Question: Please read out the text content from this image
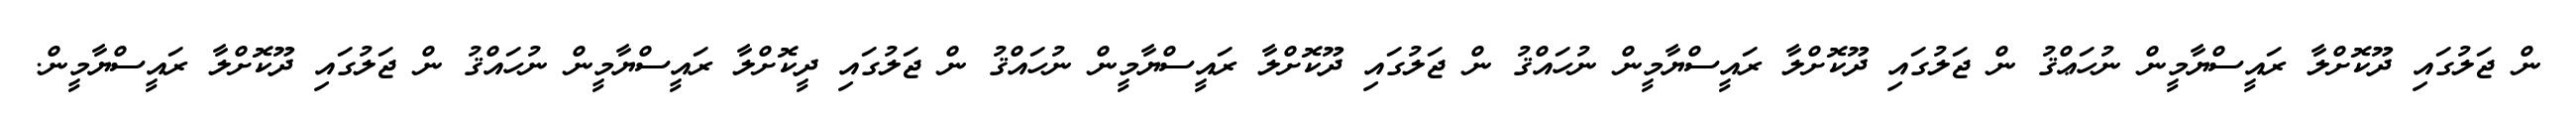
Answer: ން ޖަލުގައި ދޫކޮށްލާ ރައީސްޔާމީން ނުހަޢްޤު ން ޖަލުގައި ދޫކޮށްލާ ރައީސްޔާމީން ނުހައްޤު ން ޖަލުގައި ދޫކޮށްލާ ރައީސްޔާމީން ނުހައްޤު ން ޖަލުގައި ދީކޮށްލާ ރައީސްޔާމީން ނުހައްޤު ން ޖަލުގައި ދޫކޮށްލާ ރައީސްޔާމީން.